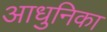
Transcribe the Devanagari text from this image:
आधुनिका